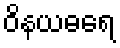
ဝိနယဓရေ